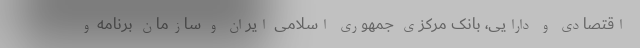
اقتصادی و دارایی، بانک مرکزی جمهوری اسلامی ایران و سازمان برنامه و